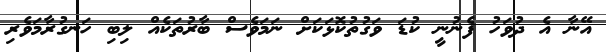
އޭނާ އެ ދުވަހު ފެނުނީ ކުޑަ ވަގުތުކޮޅަކަށް ނަމަވެސް ބާރުތަކެއް ލިބި ހަނގުރާމަވެރި